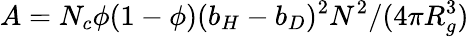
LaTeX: A=N_{c}\phi(1-\phi)(b_{H}-b_{D})^{2}N^{2}/(4\pi R_{g}^{3})~